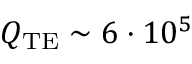
Q _ { \mathrm { T E } } \sim 6 \cdot 1 0 ^ { 5 }